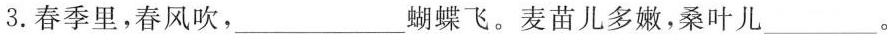
3.春季里，春风吹，___蝴蝶飞。麦苗儿多嫩，桑叶儿___。